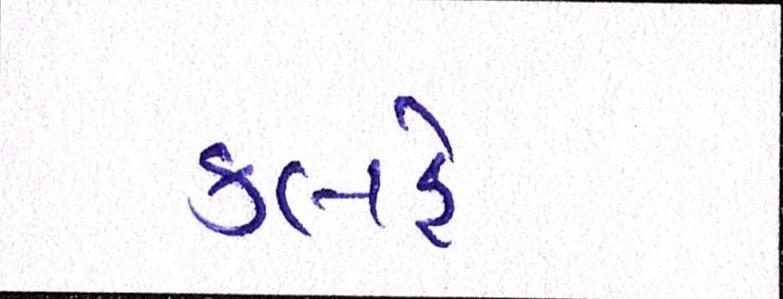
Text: કલહે